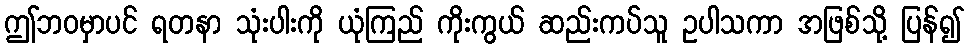
ဤဘဝမှာပင် ရတနာ သုံးပါးကို ယုံကြည် ကိုးကွယ် ဆည်းကပ်သူ ဥပါသကာ အဖြစ်သို့ ပြန်၍